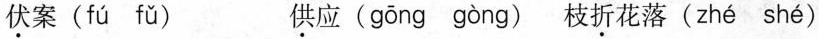
\underset{·}{伏}案( fú fǔ ) \underset{·}{供}应( gōng gòng ) 枝\underset{·}{折}花落( zhé shé )